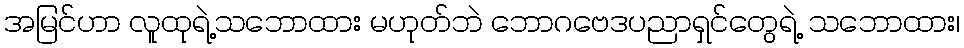
အမြင်ဟာ လူထုရဲ့သဘောထား မဟုတ်ဘဲ ဘောဂဗေဒပညာရှင်တွေရဲ့ သဘောထား၊